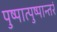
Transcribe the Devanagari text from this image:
पुष्पात्पुष्पान्तरं